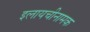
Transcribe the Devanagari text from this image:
इलायचीनामक